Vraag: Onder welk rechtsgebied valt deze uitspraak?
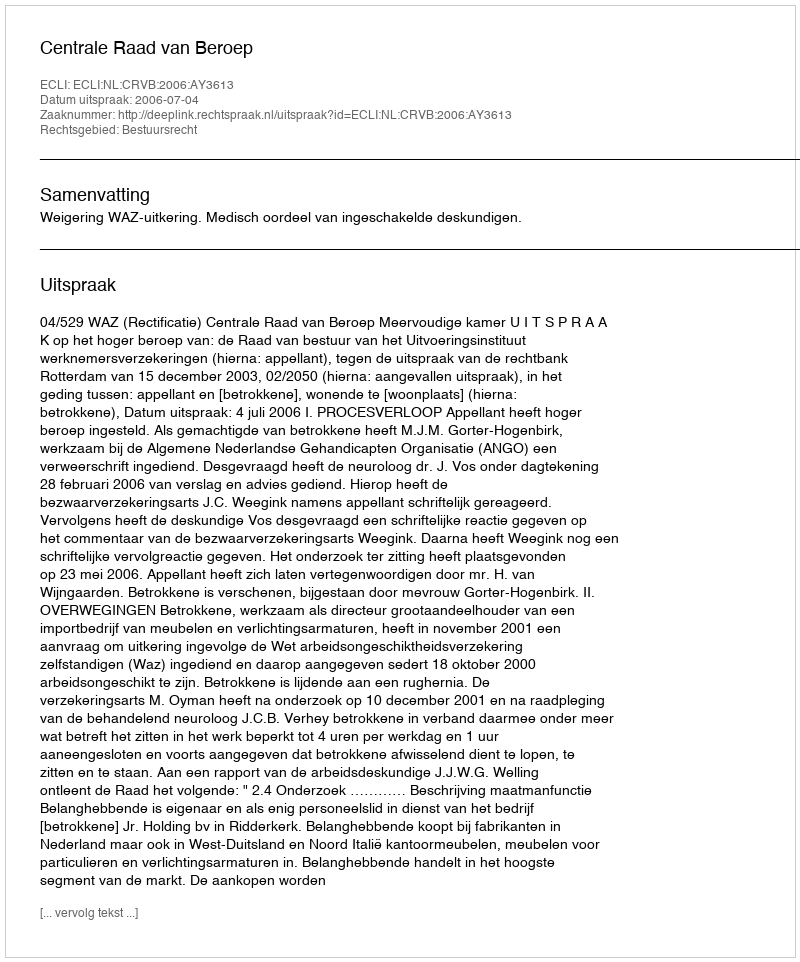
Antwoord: Bestuursrecht